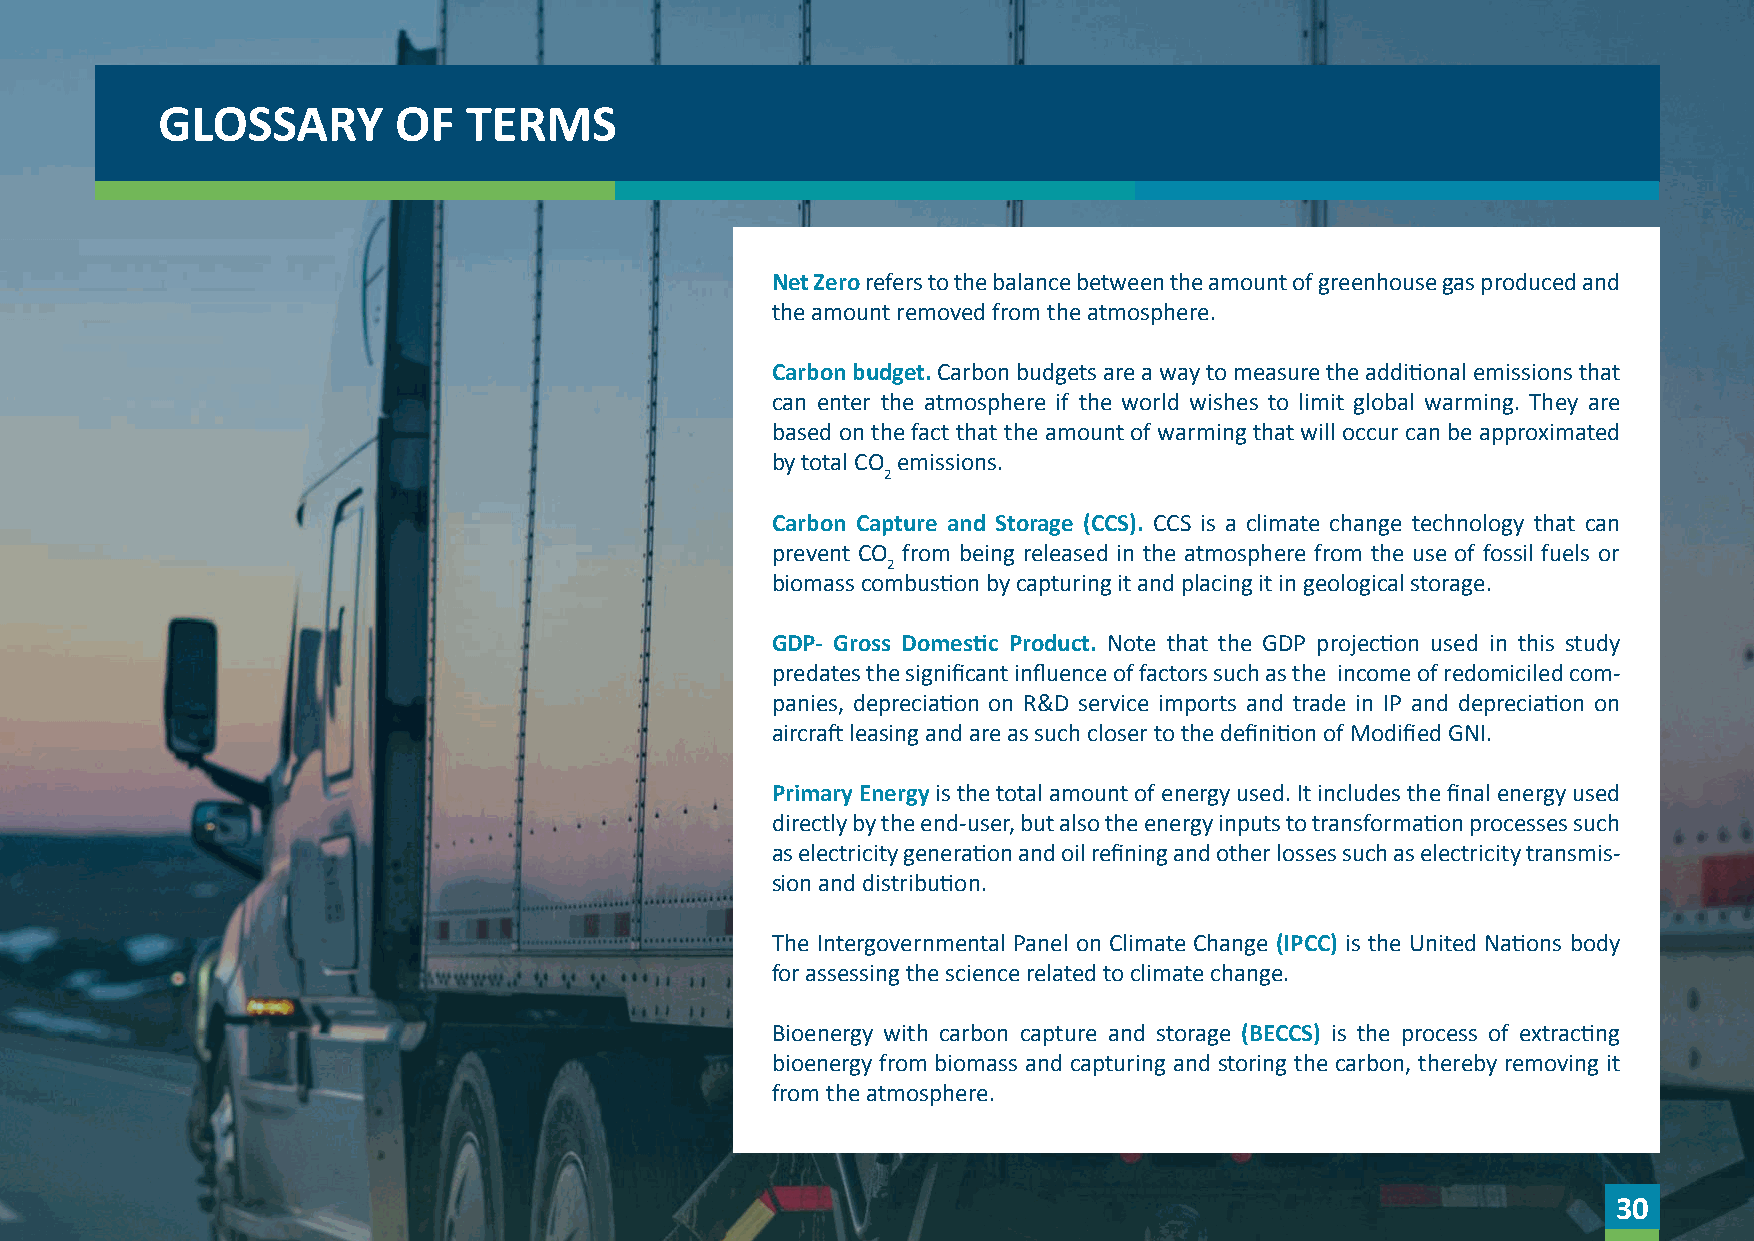
GLOSSARY        OF   TERMS
 Net Zero refers to the balance between the amount of greenhouse gas produced and
 the amount removed from the atmosphere.
 Carbon budget. Carbon budgets are a way to measure the additional emissions that
 can enter the atmosphere if the world wishes to limit global warming. They are
 based on the fact that the amount of warming that will occur can be approximated
 by total CO emissions.
 2
 Carbon Capture and Storage (CCS). CCS is a climate change technology that can
 prevent CO from being released in the atmosphere from the use of fossil fuels or
 2
 biomass combustion by capturing it and placing it in geological storage.
 GDP- Gross Domestic Product. Note that the GDP projection used in this study
 predates the significant influence of factors such as the income of redomiciled com-
 panies, depreciation on R&D service imports and trade in IP and depreciation on
 aircraft leasing and are as such closer to the definition of Modified GNI.
 Primary Energy is the total amount of energy used. It includes the final energy used
 directly by the end-user, but also the energy inputs to transformation processes such
 as electricity generation and oil refining and other losses such as electricity transmis-
 sion and distribution.
 The Intergovernmental Panel on Climate Change (IPCC) is the United Nations body
 for assessing the science related to climate change.
 Bioenergy with carbon capture and storage (BECCS) is the process of extracting
 bioenergy from biomass and capturing and storing the carbon, thereby removing it
 from the atmosphere.
 30